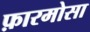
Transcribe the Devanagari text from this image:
फ़ारमोसा